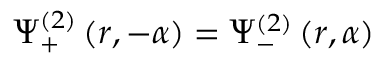
\Psi _ { + } ^ { ( 2 ) } \left( r , - \alpha \right) = \Psi _ { - } ^ { ( 2 ) } \left( r , \alpha \right)